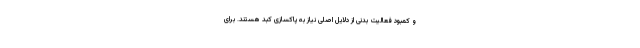
و کمبود فعالیت بدنی از دلایل اصلی نیاز به پاکسازی کبد هستند. برای